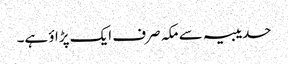
حدیبیہ سے مکہ صرف ایک پڑاؤ ہے۔